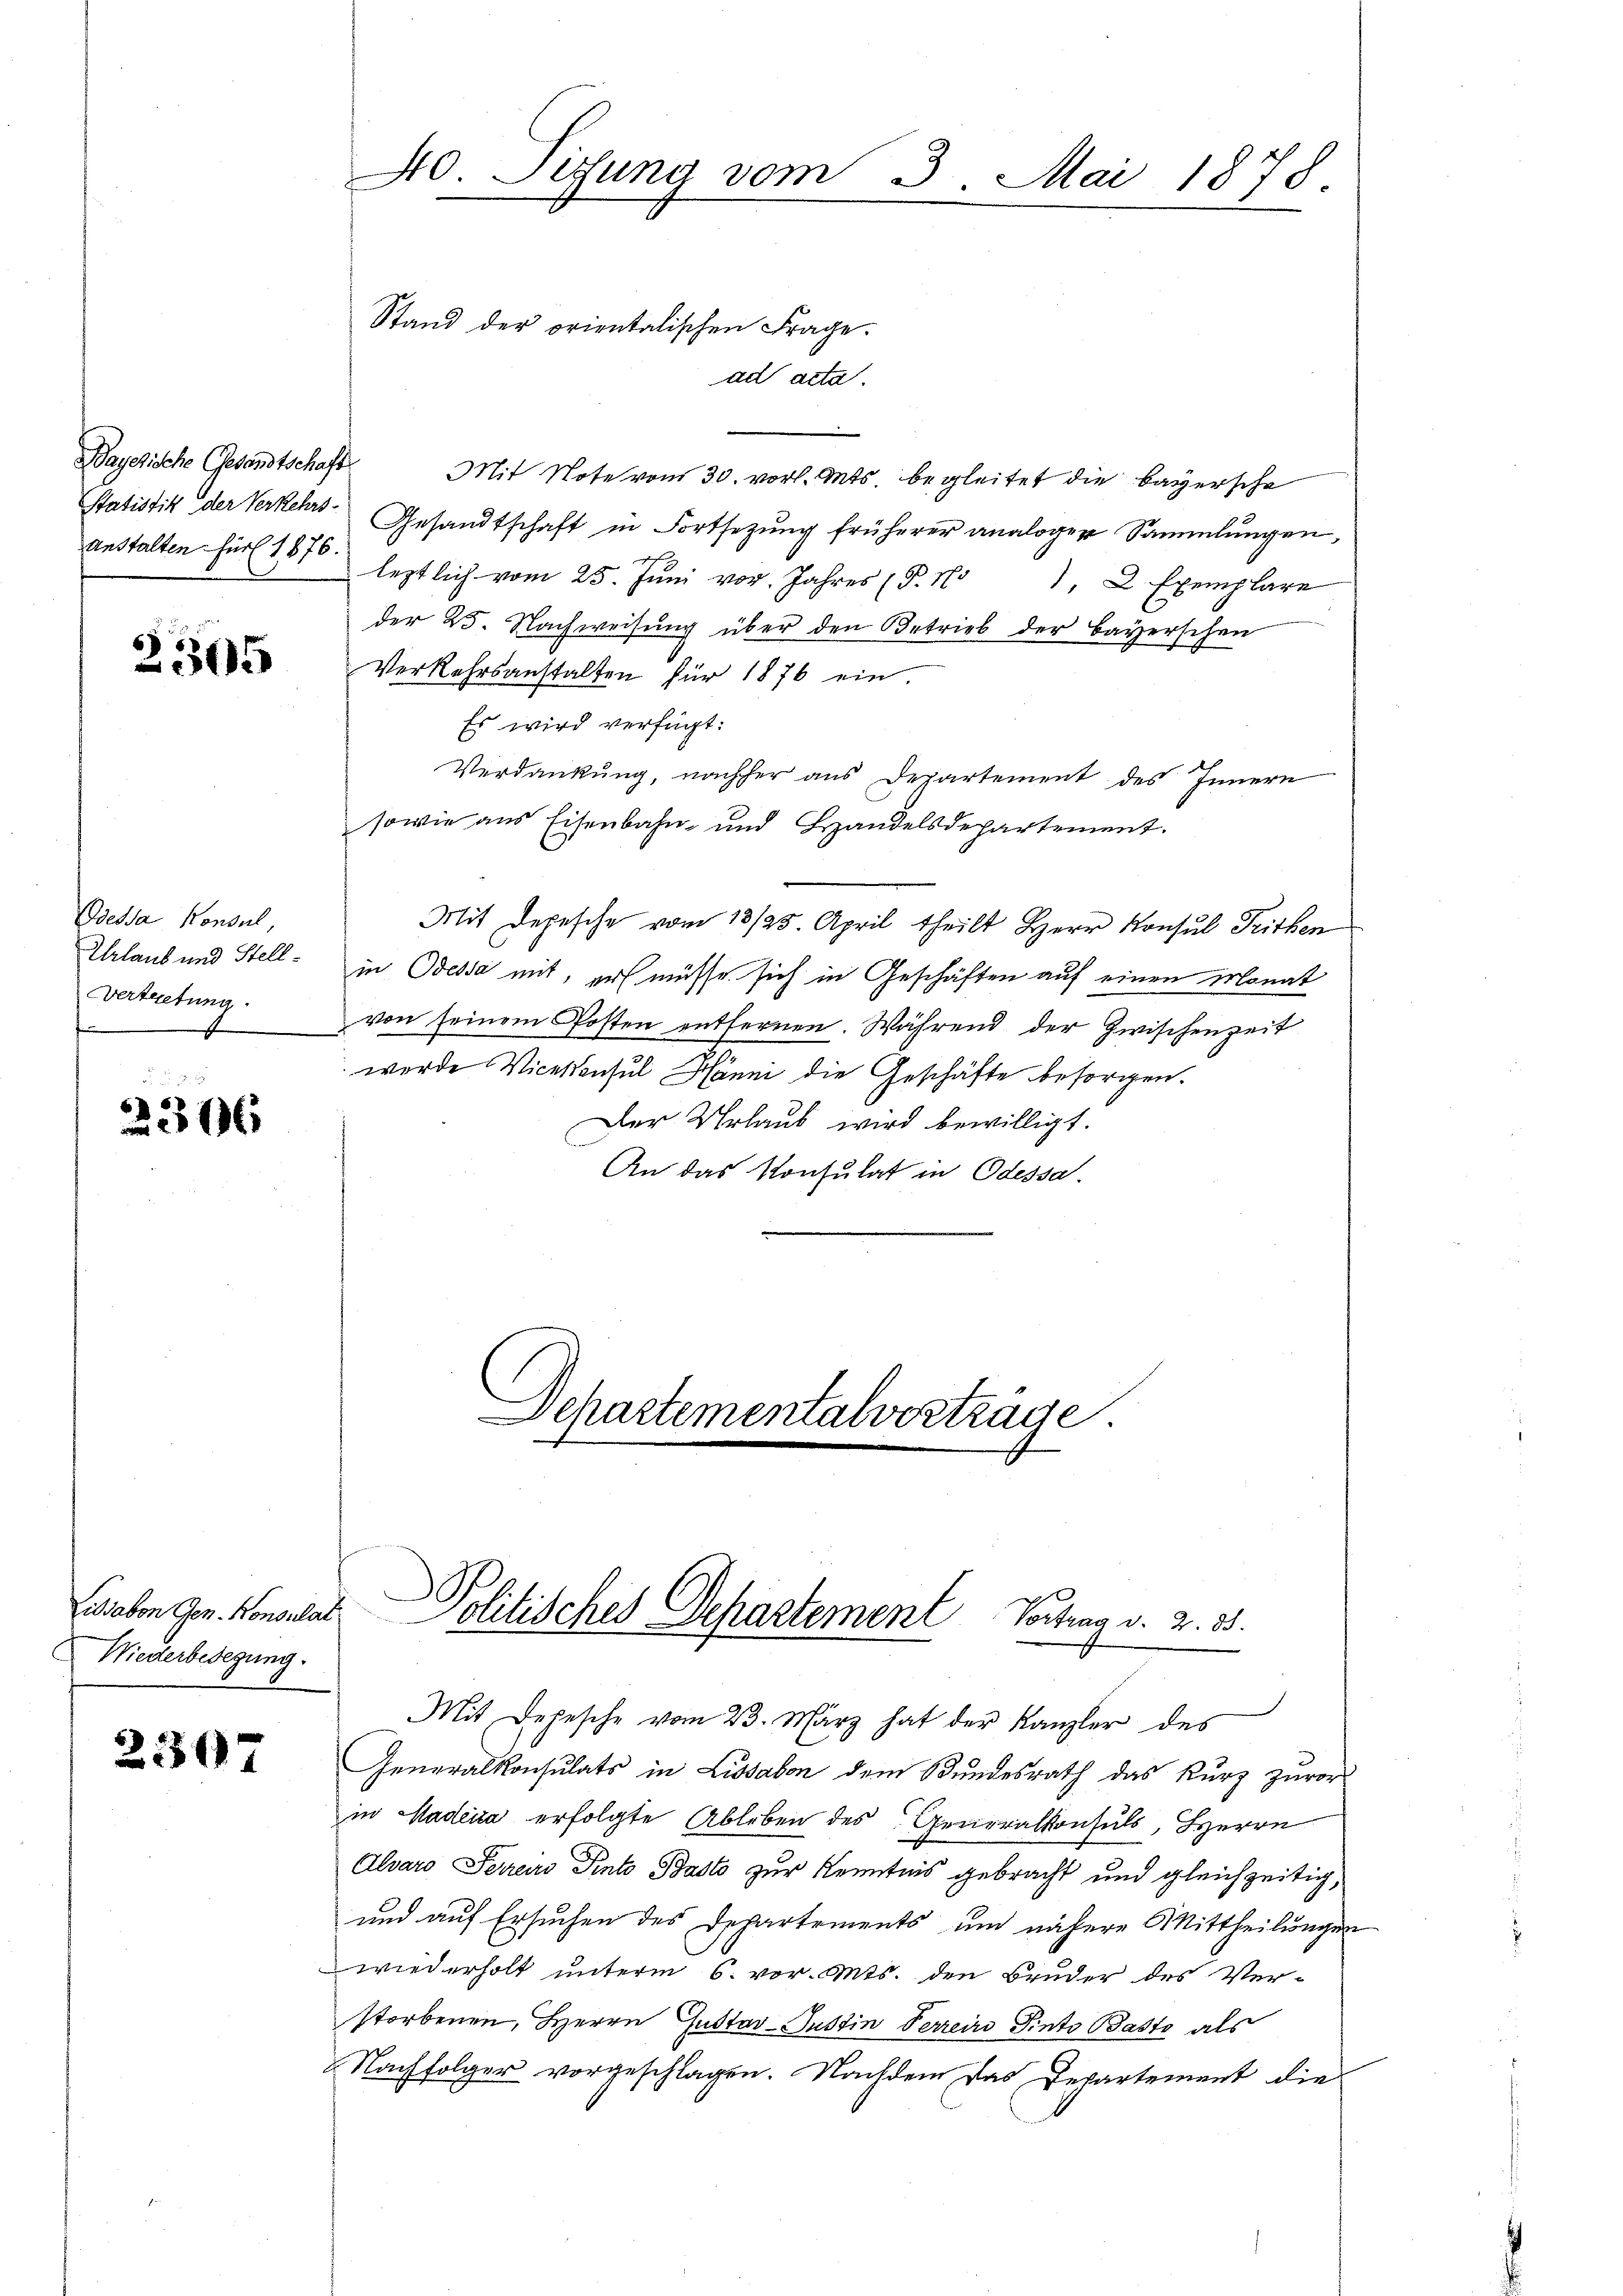
Bayerische Gesandtschaft
Anstalten. Für 1876.

2305

Odessa Konsul,
Urlaub und Stell¬
Vertretung
f

2366

issabon Gen. Konsulat
Wiederbedegung.

2307

ad acta.
Mit Note vom 30. vor. Mts. begleitet die bayersche
Statistik der Verkehrs. Gesandtschaft in Fortsetzŭng früherer analoger Sammlungen,
1
lestlich vom 25. Jŭni vor. Jahres (S. 11, 2 Exemplare
der 25. Nachweisung über den Betrieb der Bayerschen
Verkehrsanstalten für 1876 ein.
Es wird verfügt:
Verdankung, nachher aus Departement des Innern
sowie aus Eisenbahn- und Erhandelsdepartement.
Mit Depesche vom 13/25. April theilt Herr Konsul Fritben
in Odessa mit, er müsse sich in Geschäften auf einen Monat
von seinem Posten entfernen. Während der Zwischenzeit
wurde Vicekonsul Hänni die Geschäfte besorgen.
Der Urlaub wird bewilligt.
An das Konsulat in Odessa.
Departementalvertrage.

40. Sizung vom 3. Mai 1878.
Stand der orientalischen Frage.

Politisches Departement Vortrag d. 2. 55.
x
Mit Depesche vom 23. März hat der Kanzler des

Generalkonsulats in Lissabon dem Bundesrath das Kurz zuvor
in Hadera erfolgte Ableben des Generalkonsuls, Herrn
Alvaro Serein Pinto Basto zur Kenntnis gebracht und gleichzeitig,
und auf Ersuchen des Departements um nähere Mittheilungen
wiederholt unterm 6. vor. Mts. den Bruder des Verstorbenen, Herrn Gustav-Justin Ferreirs Pinto Pasto als
Nachfolger vorgeschlagen. Nachdem das Departement die